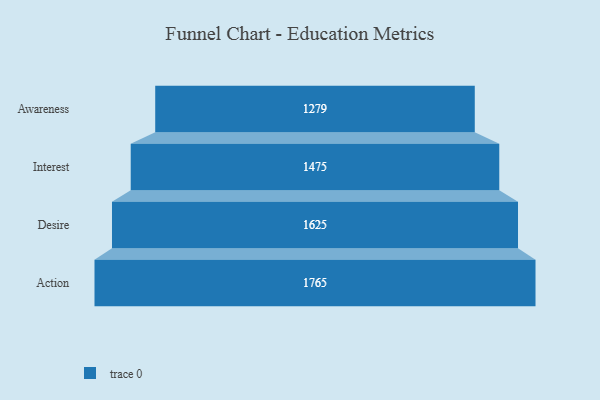
{"axis": {"x": "Stage", "y": "Value"}, "legend": [""], "data": [{"x": "Awareness", "y": 1279.0, "type": ""}, {"x": "Interest", "y": 1475.0, "type": ""}, {"x": "Desire", "y": 1625.0, "type": ""}, {"x": "Action", "y": 1765.0, "type": ""}]}